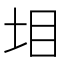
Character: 𡊟